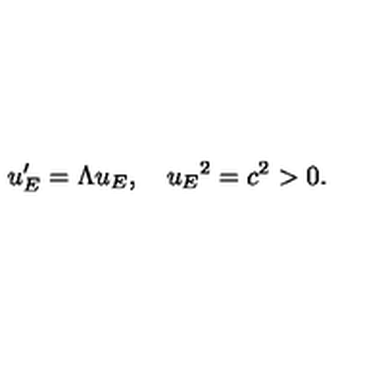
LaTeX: u _ { E } ^ { \prime } = \Lambda u _ { E } , \quad { u _ { E } } ^ { 2 } = c ^ { 2 } > 0 .